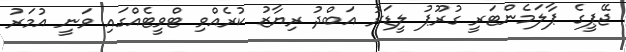
ޖޭޕީގެ ޕާލަމެންޓަރީ ގުރޫޕު ލީޑަރު އަބްދު ރިޔާޒު ކުރެއްވި ޓްވީޓެއްގައި ވަނީ އުމަރު